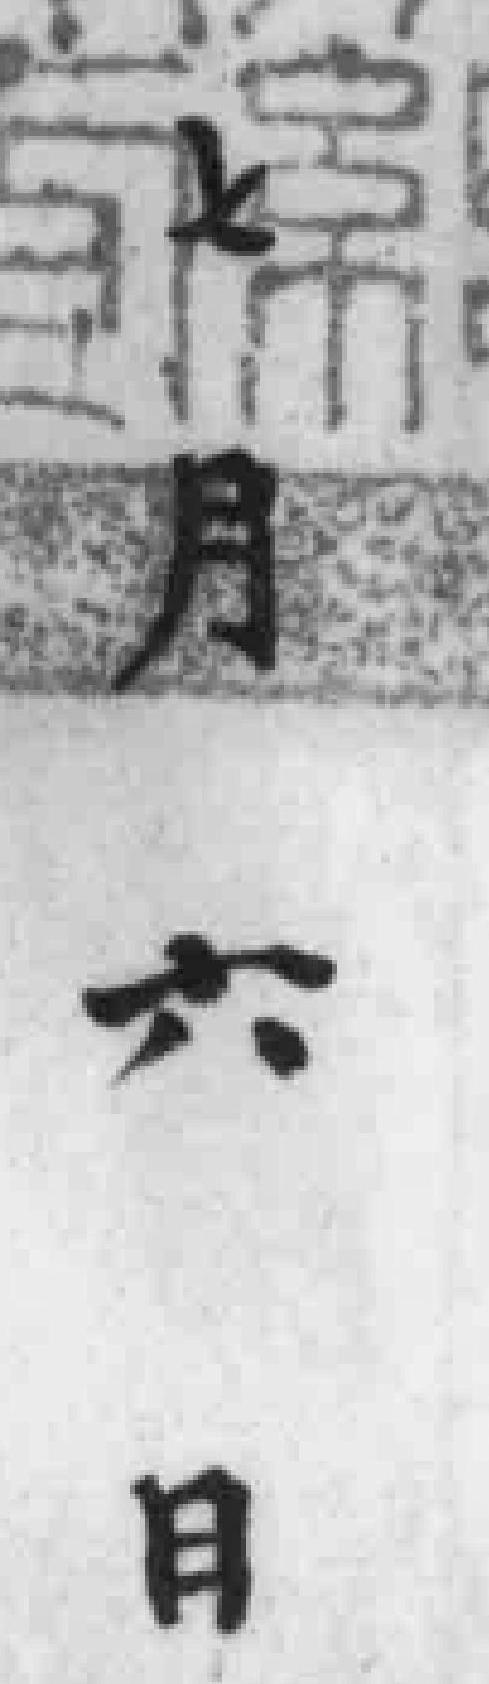
七月六月